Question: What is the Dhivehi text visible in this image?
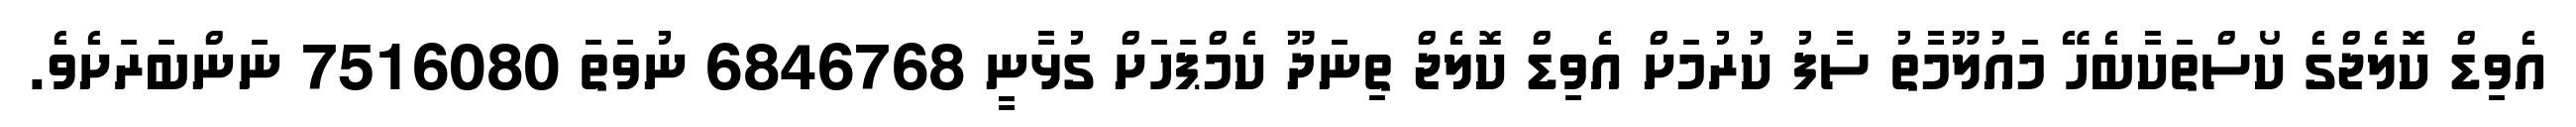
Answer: އެވިޑް ކޮލެޖްގެ ކޯސްތަކާބެހޭ މައުލޫމާތު ސާފު ކުރުމަށް އެވިޑް ކޮލެޖް ތިނަދޫ ކެމްޕަހަށް ގުޅާނީ 6846768 ނުވަތަ 7516080 ނަންބަރަށެވެ.